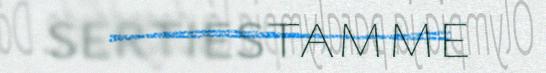
sertiestamme